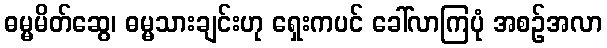
ဓမ္မမိတ်ဆွေ၊ ဓမ္မသားချင်းဟု ရှေးကပင် ခေါ်လာကြပုံ အစဉ်အလာ